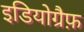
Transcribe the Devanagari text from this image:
इडियोग्रैफ़